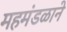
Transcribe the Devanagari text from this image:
महमंडळाने